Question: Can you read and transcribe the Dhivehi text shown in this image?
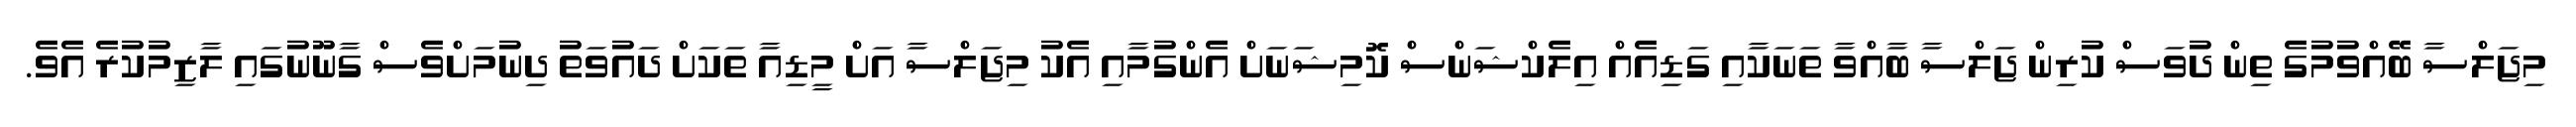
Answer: މިޖަލްސާ ބޭއްވުމުގެ ތިން ދުވަސް ކުރިން ޖަލްސާ ބާއްވާ ތަނަކާއި ގަޑިއެއް އިލެކްޝަންސް ކޮމިޝަނަށް އެންގުމާއި އެކު މިޖަލްސާ އަށް މީޑިއާ ތަކަށް ދައުވަތު ދިނުމަށްވެސް ގާނޫނުގައި ލާޒިމުކުރެ އެވެ.